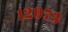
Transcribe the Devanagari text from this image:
१२९७३